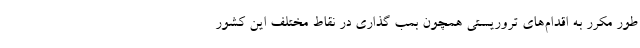
طور مکرر به اقدام‌های تروریستی همچون بمب گذاری در نقاط مختلف این کشور